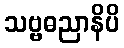
သဗ္ဗဓညာနိပိ